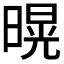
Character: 𭧌